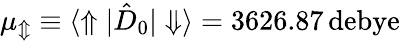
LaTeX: \mu_{\Updownarrow}\equiv{\langle\Uparrow|\hat{D}_{0}|\Downarrow\rangle}=3626.87\, \mathrm{debye}